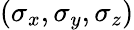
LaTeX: (\sigma_{x},\sigma_{y},\sigma_{z})